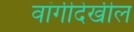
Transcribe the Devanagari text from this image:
वांगीदेखील